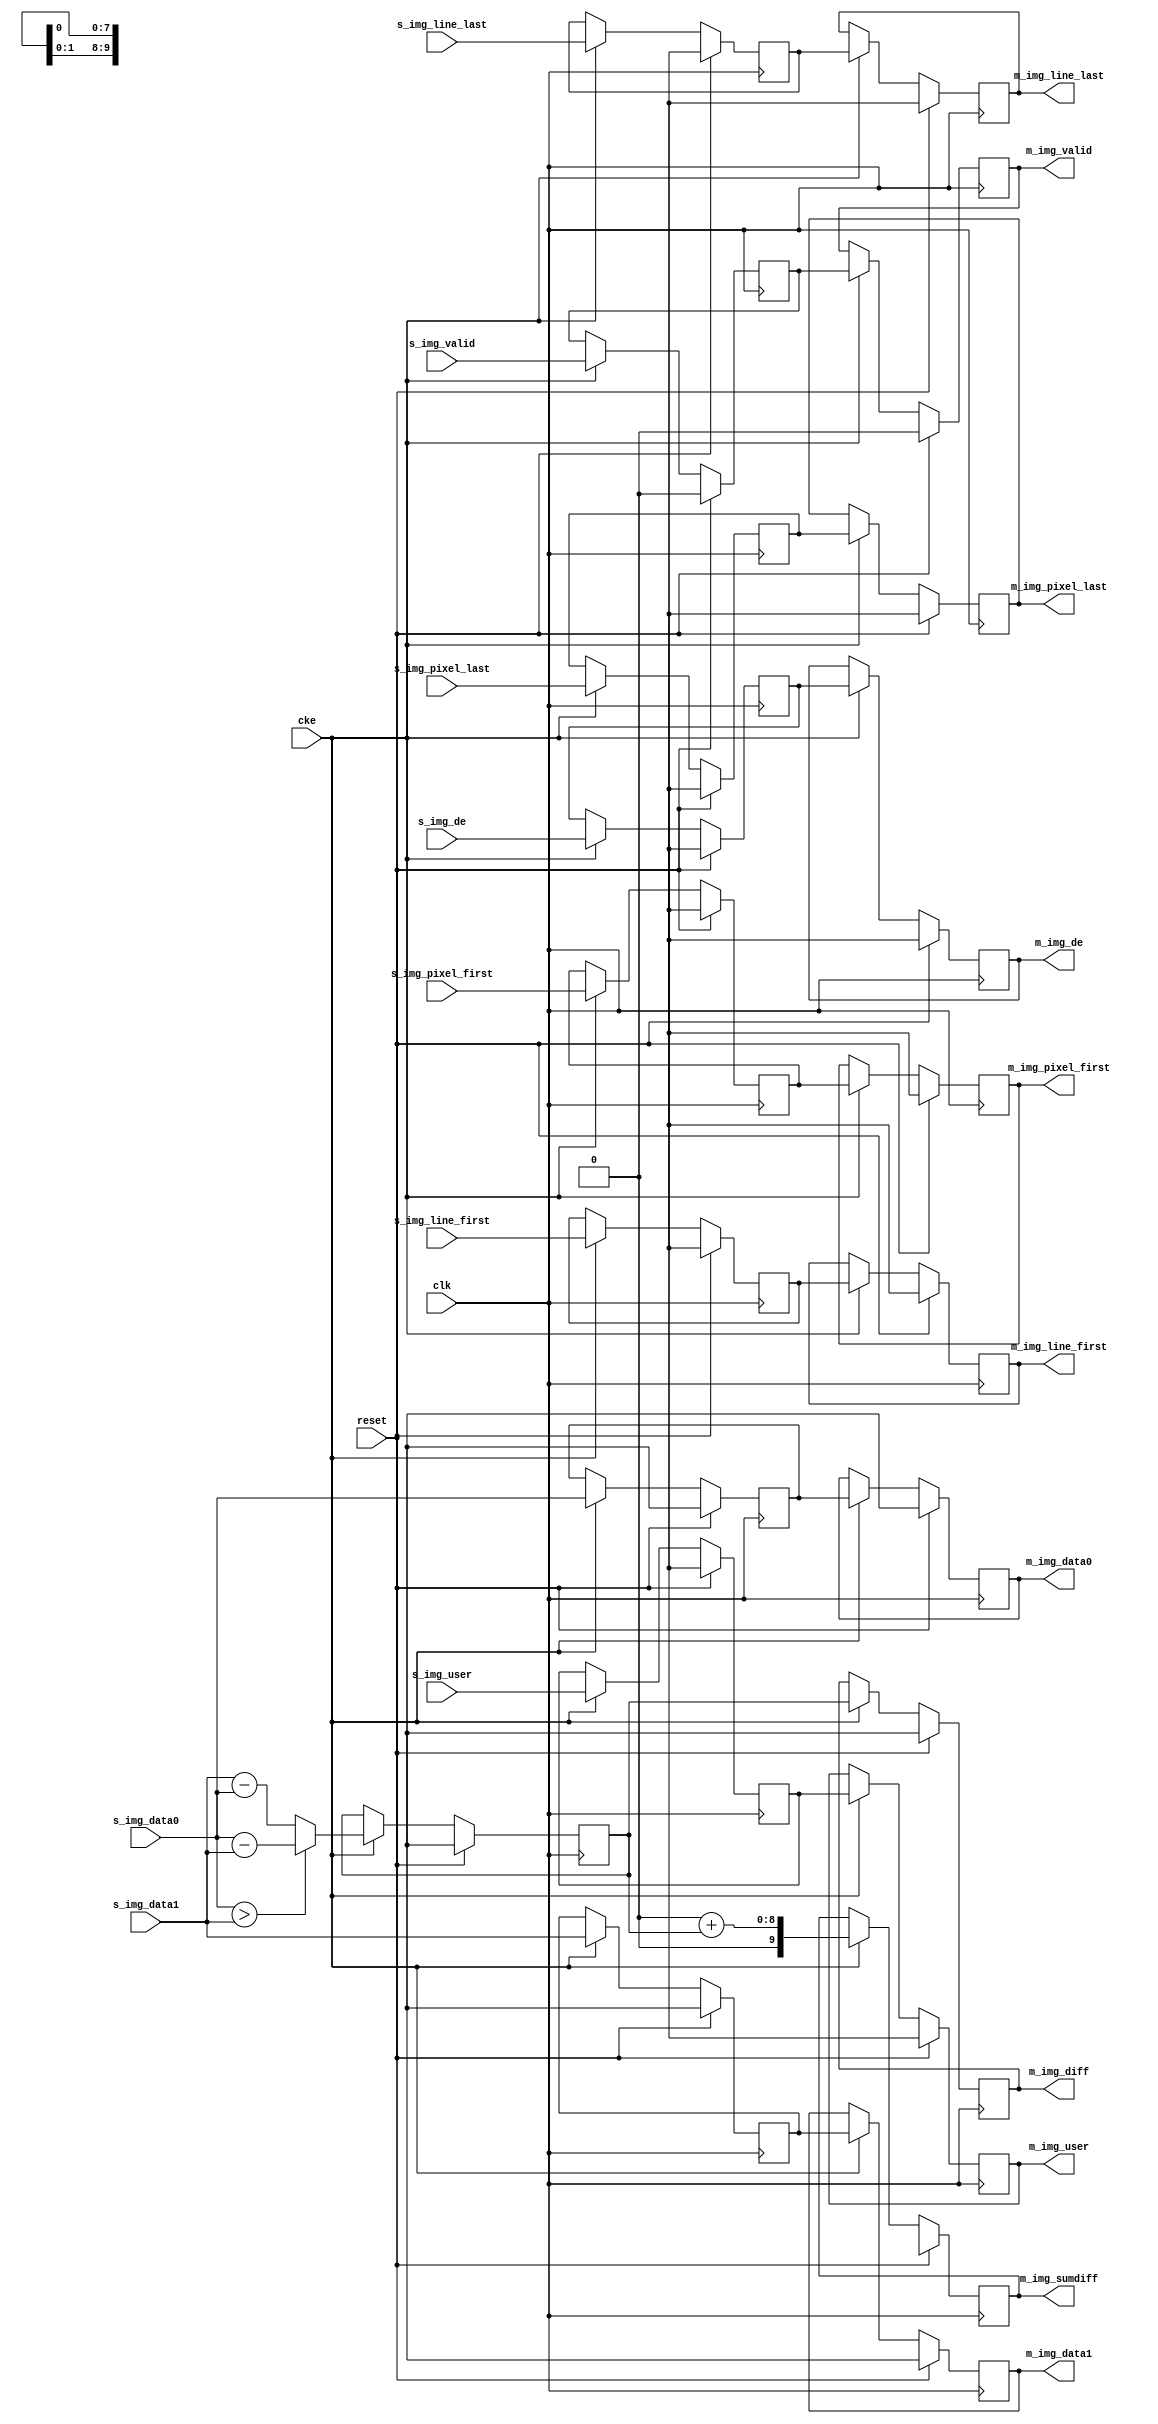
// ---------------------------------------------------------------------------
//  Jelly  -- The platform for real-time computing
//
//                                 Copyright (C) 2008-2020 by Ryuji Fuchikami
//                                 https://github.com/ryuz/jelly.git
// ---------------------------------------------------------------------------



`timescale 1ns / 1ps
`default_nettype none

module jelly_img_absdiff
        #(
            parameter   USER_WIDTH    = 0,
            parameter   COMPONENTS    = 1,
            parameter   DATA_WIDTH    = 8,
            parameter   SUMDIFF_WIDTH = 10,
            
            parameter   USER_BITS  = USER_WIDTH > 0 ? USER_WIDTH : 1
        )
        (
            input   wire                                reset,
            input   wire                                clk,
            input   wire                                cke,
            
            input   wire                                s_img_line_first,
            input   wire                                s_img_line_last,
            input   wire                                s_img_pixel_first,
            input   wire                                s_img_pixel_last,
            input   wire                                s_img_de,
            input   wire    [USER_BITS-1:0]             s_img_user,
            input   wire    [COMPONENTS*DATA_WIDTH-1:0] s_img_data0,
            input   wire    [COMPONENTS*DATA_WIDTH-1:0] s_img_data1,
            input   wire                                s_img_valid,
            
            output  wire                                m_img_line_first,
            output  wire                                m_img_line_last,
            output  wire                                m_img_pixel_first,
            output  wire                                m_img_pixel_last,
            output  wire                                m_img_de,
            output  wire    [USER_BITS-1:0]             m_img_user,
            output  wire    [COMPONENTS*DATA_WIDTH-1:0] m_img_data0,
            output  wire    [COMPONENTS*DATA_WIDTH-1:0] m_img_data1,
            output  wire    [COMPONENTS*DATA_WIDTH-1:0] m_img_diff,
            output  wire    [SUMDIFF_WIDTH-1:0]         m_img_sumdiff,
            output  wire                                m_img_valid
        );
    
    integer                             i;
    
    reg                                 st0_line_first;
    reg                                 st0_line_last;
    reg                                 st0_pixel_first;
    reg                                 st0_pixel_last;
    reg                                 st0_de;
    reg     [USER_BITS-1:0]             st0_user;
    reg     [COMPONENTS*DATA_WIDTH-1:0] st0_data0;
    reg     [COMPONENTS*DATA_WIDTH-1:0] st0_data1;
    reg     [COMPONENTS*DATA_WIDTH-1:0] st0_diff;
    reg                                 st0_valid;
    
    reg                                 st1_line_first;
    reg                                 st1_line_last;
    reg                                 st1_pixel_first;
    reg                                 st1_pixel_last;
    reg                                 st1_de;
    reg     [USER_BITS-1:0]             st1_user;
    reg     [COMPONENTS*DATA_WIDTH-1:0] st1_data0;
    reg     [COMPONENTS*DATA_WIDTH-1:0] st1_data1;
    reg     [COMPONENTS*DATA_WIDTH-1:0] st1_diff;
    reg     [SUMDIFF_WIDTH-1:0]         st1_sumdiff;
    reg                                 st1_valid;
    reg     [SUMDIFF_WIDTH-1:0]         st1_sum;
    
    always @(posedge clk) begin
        if ( reset ) begin
            st0_line_first  <= 1'bx;
            st0_line_last   <= 1'bx;
            st0_pixel_first <= 1'bx;
            st0_pixel_last  <= 1'bx;
            st0_de          <= 1'bx;
            st0_user        <= {USER_BITS{1'bx}};
            st0_data0       <= {(COMPONENTS*DATA_WIDTH){1'bx}};
            st0_data1       <= {(COMPONENTS*DATA_WIDTH){1'bx}};
            st0_diff        <= {(COMPONENTS*DATA_WIDTH){1'bx}};
            st0_valid       <= 1'b0;
            
            st1_line_first  <= 1'bx;
            st1_line_last   <= 1'bx;
            st1_pixel_first <= 1'bx;
            st1_pixel_last  <= 1'bx;
            st1_de          <= 1'bx;
            st1_user        <= {USER_BITS{1'bx}};
            st1_data0       <= {(COMPONENTS*DATA_WIDTH){1'bx}};
            st1_data1       <= {(COMPONENTS*DATA_WIDTH){1'bx}};
            st1_diff        <= {(COMPONENTS*DATA_WIDTH){1'bx}};
            st1_sumdiff     <= {SUMDIFF_WIDTH{1'bx}};
            st1_valid       <= 1'b0;
        end
        else if ( cke ) begin
            // stage 0
            st0_line_first  <= s_img_line_first;
            st0_line_last   <= s_img_line_last;
            st0_pixel_first <= s_img_pixel_first;
            st0_pixel_last  <= s_img_pixel_last;
            st0_de          <= s_img_de;
            st0_user        <= s_img_user;
            st0_data0       <= s_img_data0;
            st0_data1       <= s_img_data1;
            st0_valid       <= s_img_valid;
            
            for ( i = 0; i < COMPONENTS; i = i+1 ) begin
                if ( s_img_data0[i*DATA_WIDTH +: DATA_WIDTH] > s_img_data1[i*DATA_WIDTH +: DATA_WIDTH] ) begin
                    st0_diff[i*DATA_WIDTH +: DATA_WIDTH] <= s_img_data0[i*DATA_WIDTH +: DATA_WIDTH] - s_img_data1[i*DATA_WIDTH +: DATA_WIDTH];
                end
                else begin
                    st0_diff[i*DATA_WIDTH +: DATA_WIDTH] <= s_img_data1[i*DATA_WIDTH +: DATA_WIDTH] - s_img_data0[i*DATA_WIDTH +: DATA_WIDTH];
                end
            end
            
            
            // stage 1
            st1_line_first  <= st0_line_first;
            st1_line_last   <= st0_line_last;
            st1_pixel_first <= st0_pixel_first;
            st1_pixel_last  <= st0_pixel_last;
            st1_de          <= st0_de;
            st1_user        <= st0_user;
            st1_data0       <= st0_data0;
            st1_data1       <= st0_data1;
            st1_diff        <= st0_diff;
            st1_valid       <= st0_valid;
            
            st1_sum = 0;
            for ( i = 0; i < COMPONENTS; i = i+1 ) begin
                st1_sum = st1_sum + st0_diff[i*DATA_WIDTH +: DATA_WIDTH];
            end
            st1_sumdiff <= st1_sum;
        end
    end
    
    assign m_img_line_first  = st1_line_first;
    assign m_img_line_last   = st1_line_last;
    assign m_img_pixel_first = st1_pixel_first;
    assign m_img_pixel_last  = st1_pixel_last;
    assign m_img_de          = st1_de;
    assign m_img_user        = st1_user;
    assign m_img_data0       = st1_data0;
    assign m_img_data1       = st1_data1;
    assign m_img_diff        = st1_diff;
    assign m_img_sumdiff     = st1_sumdiff;
    assign m_img_valid       = st1_valid;
    
endmodule


`default_nettype wire


// end of file